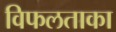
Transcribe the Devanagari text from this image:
विफलताका